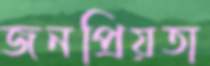
জনপ্রিয়তা